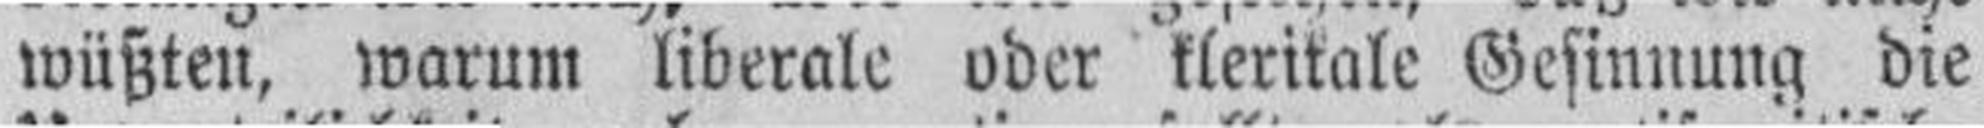
wüßten, warum liberale oder kleritale Gesinnung die